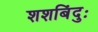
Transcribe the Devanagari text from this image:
शशबिंदुः